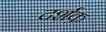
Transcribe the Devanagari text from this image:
दर्शक़